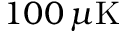
1 0 0 \, \mu \mathrm { K }